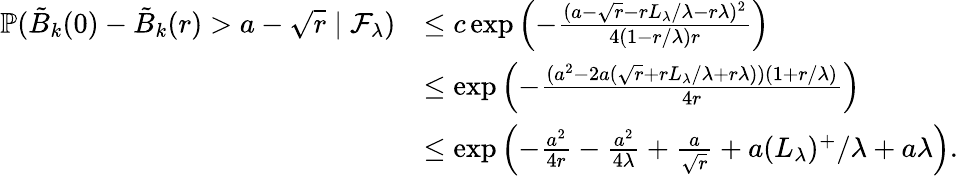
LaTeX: \begin{array}{rl}{\mathbb{P}(\tilde{B}_{k}(0)-\tilde{B}_{k}(r)>a-\sqrt{r}\mid\mathcal{F}_{\lambda})}&{\le c\exp\left(-\frac{(a-\sqrt{r}-rL_{\lambda}/\lambda-r\lambda)^{2}}{4(1-r/\lambda)r}\right)}\\ &{\le\exp\left(-\frac{(a^{2}-2a(\sqrt{r}+rL_{\lambda}/\lambda+r\lambda))(1+r/\lambda)}{4r}\right)}\\ &{\le\exp\left(-\frac{a^{2}}{4r}-\frac{a^{2}}{4\lambda}+\frac{a}{\sqrt{r}}+a(L_{\lambda})^{+}/\lambda+a\lambda\right).}\end{array}